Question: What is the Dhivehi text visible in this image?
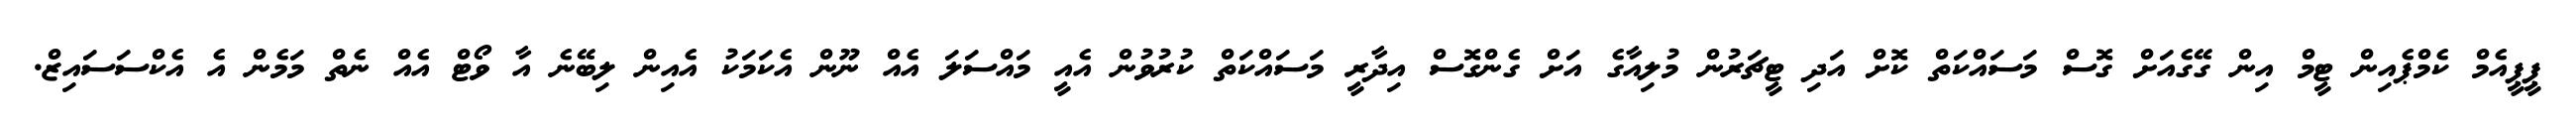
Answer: ޕީޕީއެމް ކެމްޕެއިން ޓީމް އިން ގޭގެއަށް ގޮސް މަސައްކަތް ކޮށް އަދި ޓީޗަރުން މުލިއާގެ އަށް ގެންގޮސް އިދާރީ މަސައްކަތް ކުރުވުން އެއީ މައްސަލަ އެއް ނޫން އެކަމަކު އެއިން ލިބޭނެ އާ ވޯޓް އެއް ނެތް މަމެން އެ އެކްސަސައިޒް.